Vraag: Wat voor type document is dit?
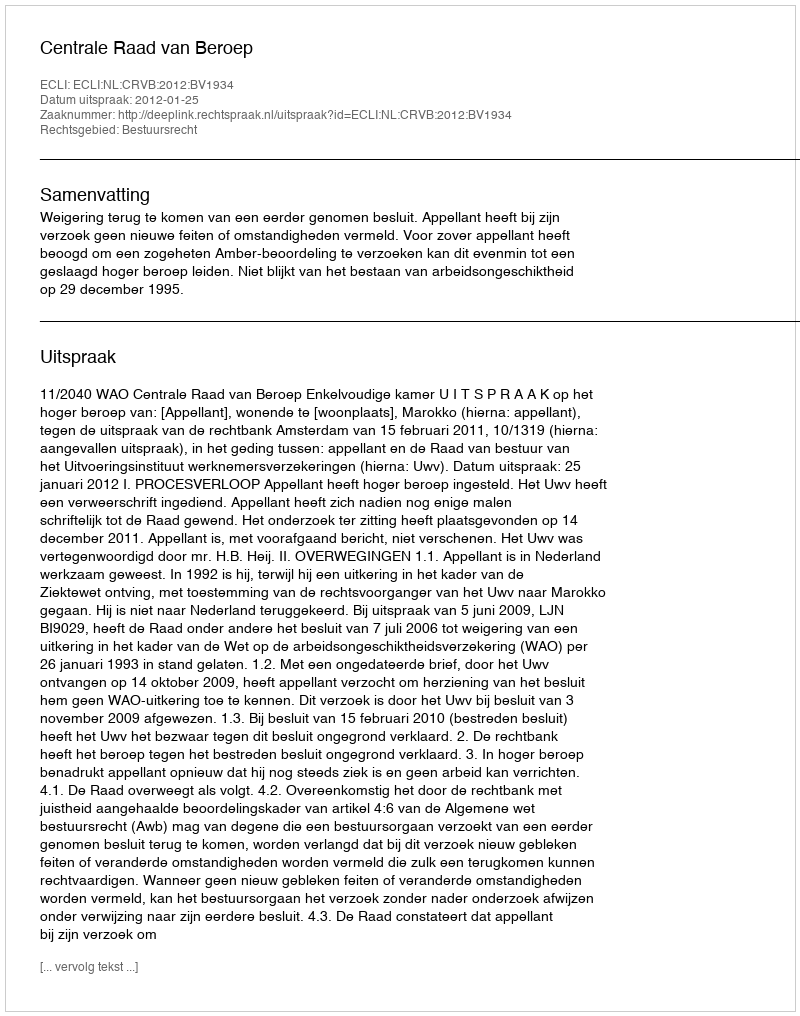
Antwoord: Uitspraak